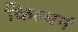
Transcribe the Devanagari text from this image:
किल्बर्न